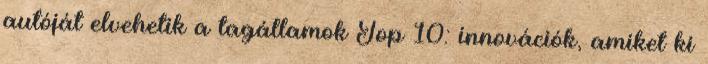
autóját elvehetik a tagállamok Top 10: innovációk, amiket ki